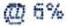
@ 6%